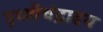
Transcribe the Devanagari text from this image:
पृथ्वीचंद्रादय